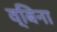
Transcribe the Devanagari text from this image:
व्बिना